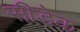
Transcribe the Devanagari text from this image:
सीडेक